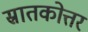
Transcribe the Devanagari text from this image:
स्रातकोत्तर